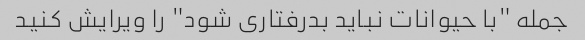
جمله "با حیوانات نباید بدرفتاری شود" را ویرایش کنید